Source: Handwritten
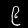
Digit: ၉ (9)